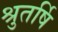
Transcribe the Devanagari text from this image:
श्रुतर्षि